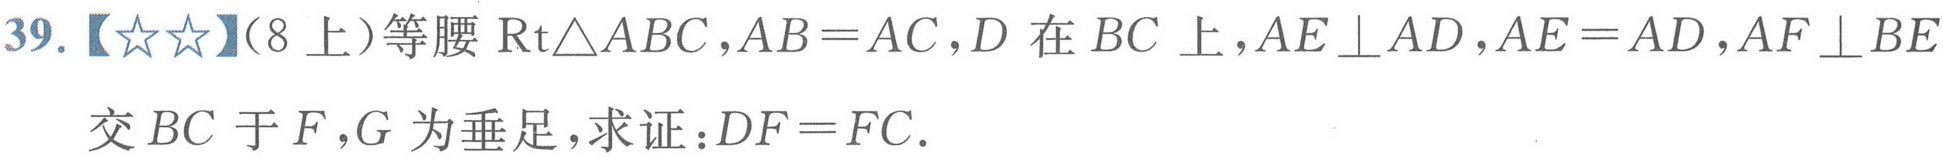
39.【★★】（8上）等腰\(\text{Rt}\triangle ABC\)，\(AB = AC\)，\(D\)在\(BC\)上，\(AE\perp AD\)，\(AE = AD\)，\(AF\perp BE\)交\(BC\)于\(F\)，\(G\)为垂足，求证：\(DF = FC\).